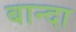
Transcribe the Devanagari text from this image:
बान्दा